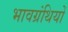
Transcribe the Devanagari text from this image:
भावग्रंथियों